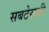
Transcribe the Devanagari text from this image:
सबटेरानी